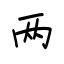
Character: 两